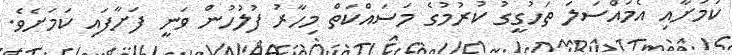
ކަމަށާއި އެމައްސަލަ ތަހުގީގު ކުރުމުގެ މަސައްކަތް މިހާރު ފުލުހުން ވަނީ ފަށާފައި ކަމަށެވެ.